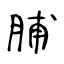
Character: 脯